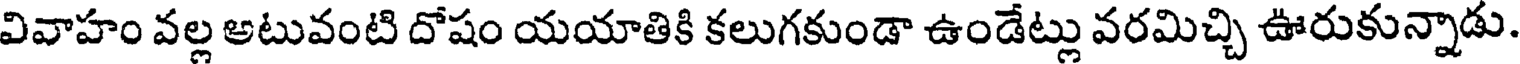
వివాహం వల్ల అటువంటి దోషం యయాతికి కలుగకుండా ఉండేట్లు వరమిచ్చి ఊరుకున్నాడు